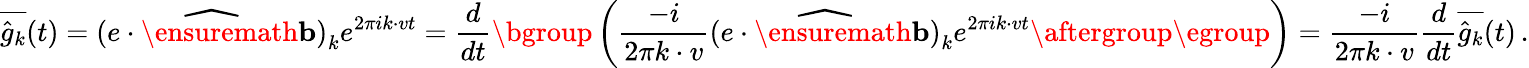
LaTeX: \overline{{\hat{g}_{k}}}(t)=\widehat{(e\cdot\ensuremath{\mathbf{b}})}_{k}e^{2\pi ik\cdot vt}=\frac{d}{dt}\mathopen{}\mathclose\bgroup\left(\frac{-i}{2\pi k\cdot v}\widehat{(e\cdot\ensuremath{\mathbf{b}})}_{k}e^{2\pi ik\cdot vt}\aftergroup\egroup\right)=\frac{-i}{2\pi k\cdot v}\frac{d}{dt}\overline{{\hat{g}_{k}}}(t)\, .